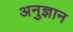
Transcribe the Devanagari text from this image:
अनुज्ञान